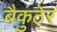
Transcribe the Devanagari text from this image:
बैकुंठेर